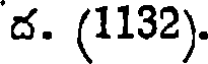
ద. (1132).